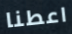
اعطنا